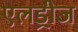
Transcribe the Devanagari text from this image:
एलड्रीज